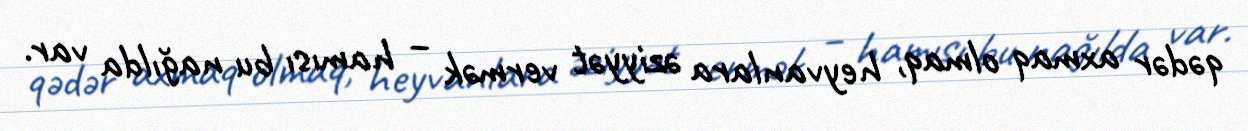
qədər axmaq olmaq, heyvanlara əziyyət vermək – hamısı bu nağılda var.